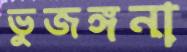
ভুজঙ্গনা